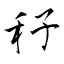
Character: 秄